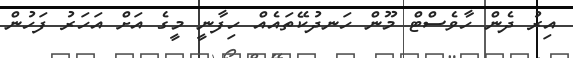
އިރު ދެން ހާވެސްޓް މޫން ހަނދުކޭތައެއް ހިފާނީ މީގެ އަށް އަހަރު ފަހުން